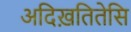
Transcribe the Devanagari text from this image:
अदिख़तितेसि